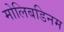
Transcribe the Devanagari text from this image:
मोलिबडिनम